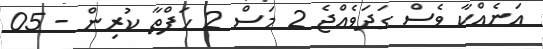
އަނެއްކާ ވެސް ގަދަވެއްޖެ 2 މަސް 2 ހަފްތާ ކުރިން - 05